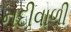
નદીવાળી